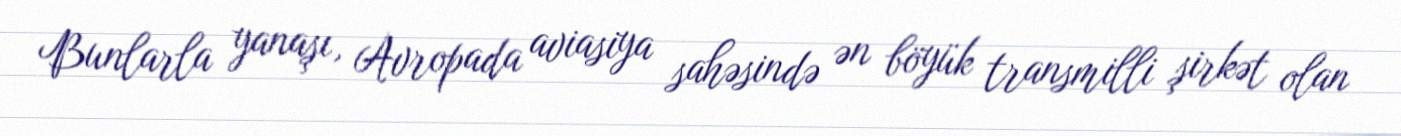
Bunlarla yanaşı, Avropada aviasiya sahəsində ən böyük transmilli şirkət olan